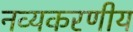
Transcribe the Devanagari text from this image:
नव्यकरणीय